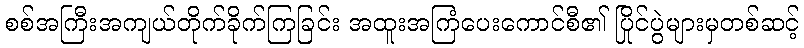
စစ်အကြီးအကျယ်တိုက်ခိုက်ကြခြင်း အထူးအကြံပေးကောင်စီ၏ ပြိုင်ပွဲများမှတစ်ဆင့်